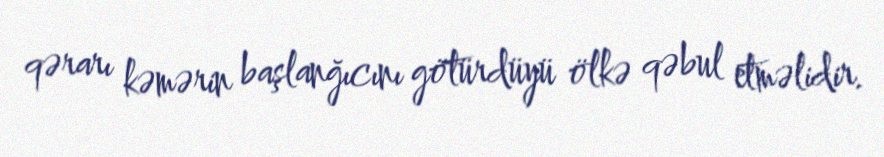
qərarı kəmərin başlanğıcını götürdüyü ölkə qəbul etməlidir.